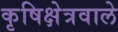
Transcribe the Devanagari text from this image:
कृषिक्षेत्रवाले